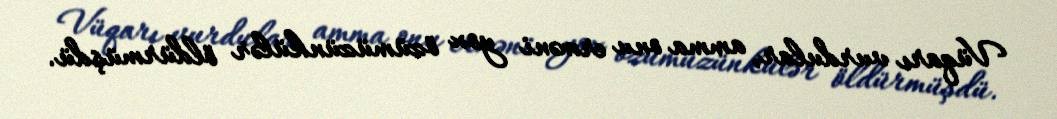
Vüqarı vurdular, amma onu erməni yox özümüzünkülər öldürmüşdü.